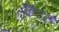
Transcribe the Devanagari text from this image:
करारपत्राशिवाय